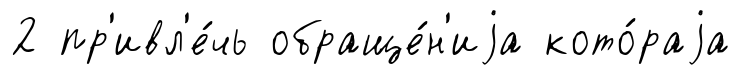
2 пр'ивл'е́чь обраще́н'иjа кото́раjа